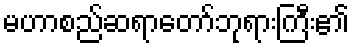
မဟာစည်ဆရာတော်ဘုရားကြီး၏